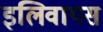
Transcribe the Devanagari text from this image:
इलिवायस